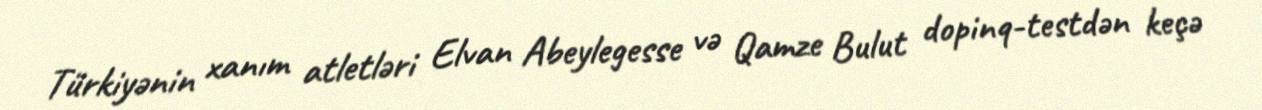
Türkiyənin xanım atletləri Elvan Abeylegesse və Qamze Bulut dopinq-testdən keçə